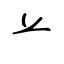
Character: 䒑